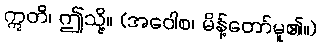
ဣတိ၊ ဤသို့။ (အဝေါစ၊ မိန့်တော်မူ၏။)